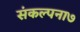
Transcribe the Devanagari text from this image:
संकल्पना७